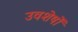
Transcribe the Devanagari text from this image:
उवशेषों